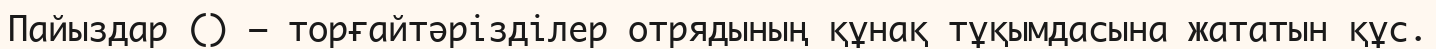
Пайыздар () – торғайтәрізділер отрядының құнақ тұқымдасына жататын құс.